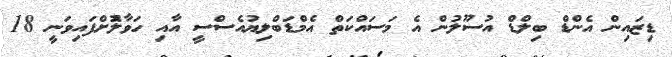
ޑިޒައިން އެންޑް ބިލްޑް އުސޫލުން އެ މަސައްކަތް އެމްޑަބްލިޔުއެސްސީ އާއި ހަވާލުޮށްފައިވަނީ 18